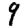
Digit: 9